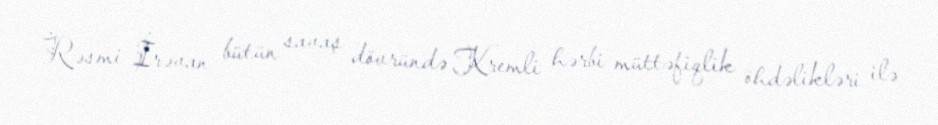
Rəsmi İrəvan bütün savaş dövründə Kremli hərbi müttəfiqlik öhdəlikləri ilə